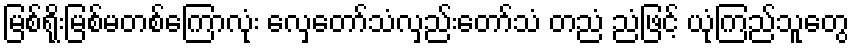
မြစ်ရိုးမြစ်မတစ်ကြောလုံး လှေတော်သံလှည်းတော်သံ တညံ ညံဖြင့် ယုံကြည်သူတွေ